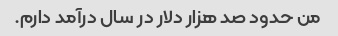
من حدود صد هزار دلار در سال درآمد دارم.